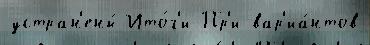
устран'ены́ Ито́г'и Пр'и вар'иа́нтов